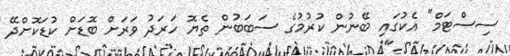
ސިސްޓަމް" އެކުގައި ބޭނުން ކުރުމުގެ ސަބަބުން ތެޔޮ ހަރަދު ވަރަށް ބޮޑަށް ކުޑަކޮށްދޭ